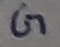
Text: G